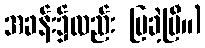
အခန်း၌လည်း ပြခဲ့ပြီ။)